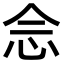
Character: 𫝹